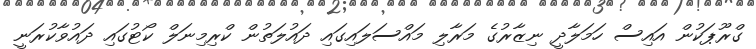
ގްރޫޕަކުން އައިސް ހަމަލާދީ ނިޒާރުގެ މަރާލި މައްސަލައިގައި ދައުލަތުން ކްރިމިނަލް ކޯޓުގައި ދައުވާކުރަނީ